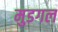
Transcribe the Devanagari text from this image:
मुडगल